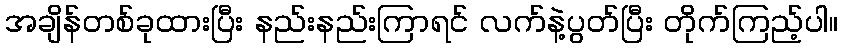
အချိန်တစ်ခုထားပြီး နည်းနည်းကြာရင် လက်နဲ့ပွတ်ပြီး တိုက်ကြည့်ပါ။